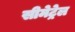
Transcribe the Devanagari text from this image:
सीमेट्रेल